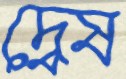
দ্বেষ